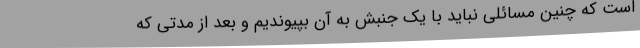
است که چنین مسائلی نباید با یک جنبش به آن بپیوندیم و بعد از مدتی که